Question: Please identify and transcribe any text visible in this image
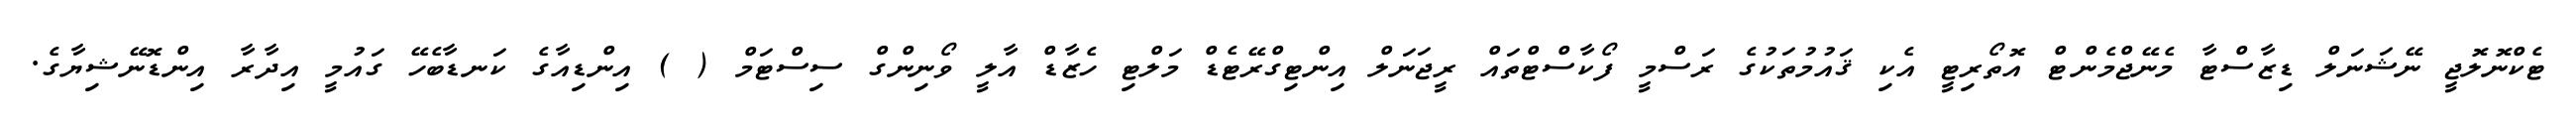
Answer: ޓެކްނޮލޮޖީ ނޭޝަނަލް ޑިޒާސްޓާ މެނޭޖްމެންޓް އޮތޯރިޓީ އެކި ޤައުމުތަކުގެ ރަސްމީ ފޯކާސްޓްތައް ރީޖަނަލް އިންޓިގްރޭޓެޑް މަލްޓި ހެޒާޑް އާލީ ވޯނިންގް ސިސްޓަމް ( ) އިންޑިއާގެ ކަނޑާބެހޭ ގައުމީ އިދާރާ އިންޑޮނޭޝިޔާގެ.